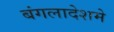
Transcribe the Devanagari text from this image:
बंगलादेशमे